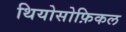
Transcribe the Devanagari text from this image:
थियोसोफ़िकल